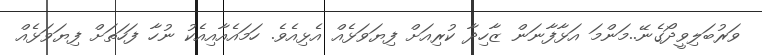
ވަރުބަލިވީދޯގެނޭ..މަންމަ އަޅާފާނަން ޒާހިދާ ކުރިއަށް ފިޔަވަޅެއް އެޅިއެވެ. ހަމައެއާއިއެކު ނުހާ ފަހަތަށް ފިޔަވަޅެއް